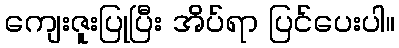
ကျေးဇူးပြုပြီး အိပ်ရာ ပြင်ပေးပါ။